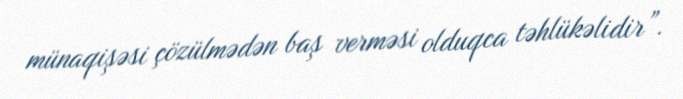
münaqişəsi çözülmədən baş verməsi olduqca təhlükəlidir”.